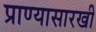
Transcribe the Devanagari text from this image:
प्राण्यासारखी